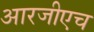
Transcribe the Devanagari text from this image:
आरजीएच